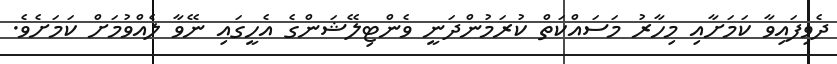
ދެވިފައިވާ ކަމަށާއި މިހާރު މަސައްކަތް ކުރަމުންދަނީ ވެންޓިލޭޝަންގެ އެހީގައި ނޭވާ ލެއްވުމަށް ކަމަށެވެ.